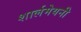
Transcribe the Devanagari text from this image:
शार्लमेयनी